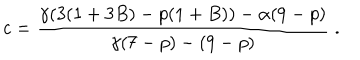
c = \frac { \gamma ( 3 ( 1 + 3 B ) - p ( 1 + B ) ) - \alpha ( 9 - p ) } { \gamma ( 7 - p ) - ( 9 - p ) } \; .